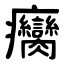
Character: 癵